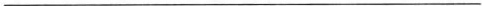
___